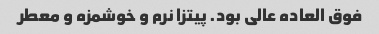
فوق العاده عالی بود. پیتزا نرم و خوشمزه و معطر